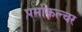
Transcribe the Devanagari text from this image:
पर्माकल्चर